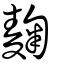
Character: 麹